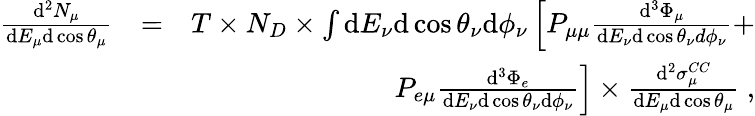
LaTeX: \begin{array}{rlr}{\frac{\mathrm{d}^{2}N_{\mu}}{\mathrm{d}E_{\mu}\mathrm{d}\cos\theta_{\mu}}}&{=}&{T\times N_{D}\times\int\mathrm{d}E_{\nu}\mathrm{d}\cos\theta_{\nu}\mathrm{d}\phi_{\nu}\left[P_{\mu\mu}\frac{\mathrm{d}^{3}\Phi_{\mu}}{\mathrm{d}E_{\nu}\mathrm{d}\cos\theta_{\nu}d\phi_{\nu}}+\right.}\\ &{}&{\left.P_{e\mu}\frac{\mathrm{d}^{3}\Phi_{e}}{\mathrm{d}E_{\nu}\mathrm{d}\cos\theta_{\nu}\mathrm{d}\phi_{\nu}}\right]\times\frac{\mathrm{d}^{2}\sigma_{\mu}^{CC}}{\mathrm{d}E_{\mu}\mathrm{d}\cos\theta_{\mu}}~,}\end{array}